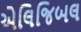
એલિજિબલ